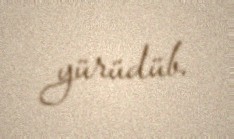
yürüdüb.